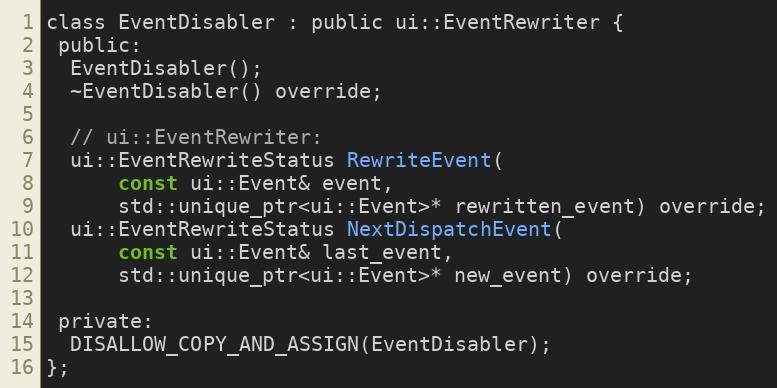
Language: C
class EventDisabler : public ui::EventRewriter {
 public:
  EventDisabler();
  ~EventDisabler() override;

  // ui::EventRewriter:
  ui::EventRewriteStatus RewriteEvent(
      const ui::Event& event,
      std::unique_ptr<ui::Event>* rewritten_event) override;
  ui::EventRewriteStatus NextDispatchEvent(
      const ui::Event& last_event,
      std::unique_ptr<ui::Event>* new_event) override;

 private:
  DISALLOW_COPY_AND_ASSIGN(EventDisabler);
};